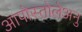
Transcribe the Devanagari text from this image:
आपोस्तोलेअनु